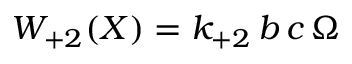
W _ { + 2 } ( X ) = k _ { + 2 } \, b \, c \, \Omega